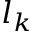
l _ { k }